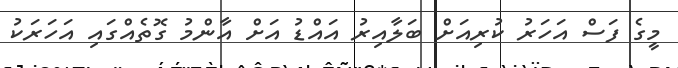
މީގެ ފަސް އަހަރު ކުރިއަށް ބަލާއިރު އައްޑު އަށް އާންމު ގޮތެއްގައި އަހަރަކު